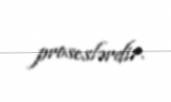
proseslərdir.